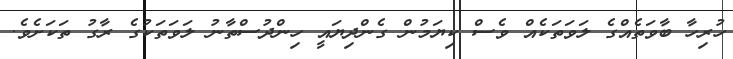
ހުރިހާ ބާވަތެއްގެ ލަވަތަކެއް ވެސް ކިޔަމުން ގެންދިޔައީ ހިންދުސްތާނު ލަވަތަކުގެ ރާގު ތަކަށެވެ.